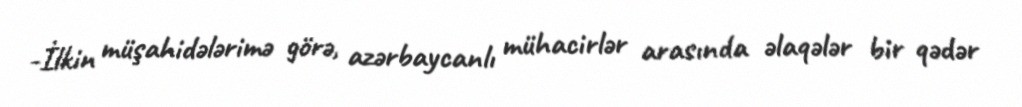
-İlkin müşahidələrimə görə, azərbaycanlı mühacirlər arasında əlaqələr bir qədər